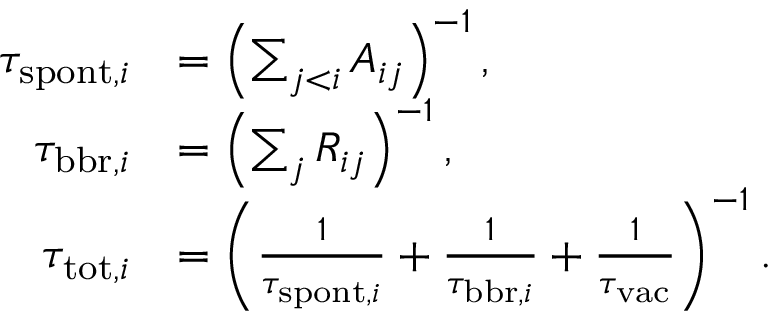
\begin{array} { r l } { \tau _ { \mathrm { s p o n t } , i } } & { = \left( \sum _ { j < i } A _ { i j } \right) ^ { - 1 } , } \\ { \tau _ { \mathrm { b b r } , i } } & { = \left( \sum _ { j } R _ { i j } \right) ^ { - 1 } , } \\ { \tau _ { \mathrm { t o t } , i } } & { = \left( \frac { 1 } { \tau _ { \mathrm { s p o n t } , i } } + \frac { 1 } { \tau _ { \mathrm { b b r } , i } } + \frac { 1 } { \tau _ { \mathrm { v a c } } } \right) ^ { - 1 } . } \end{array}